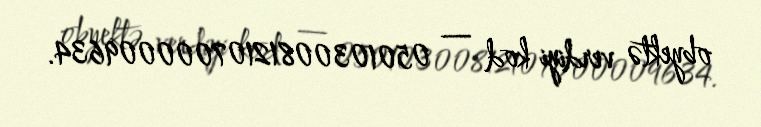
obyektə verdiyi kod — 05010300812107000009634.